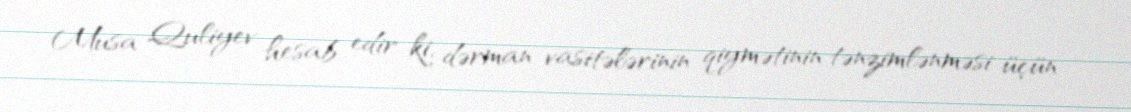
Musa Quliyev hesab edir ki, dərman vasitələrinin qiymətinin tənzimlənməsi üçün